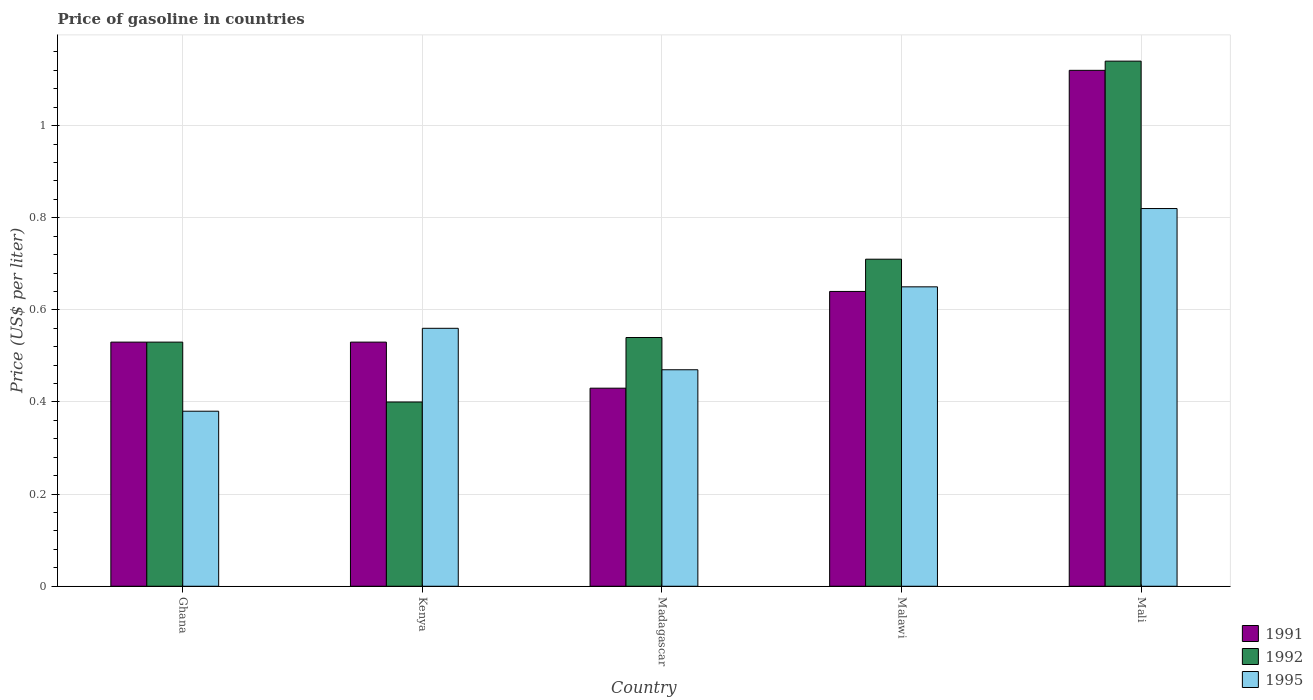
| Country | 1991 | 1992 | 1995 |
 | --- | --- | --- | --- |
 | Ghana | 0.53 | 0.53 | 0.38 |
 | Kenya | 0.53 | 0.4 | 0.56 |
 | Madagascar | 0.43 | 0.54 | 0.47 |
 | Malawi | 0.64 | 0.71 | 0.65 |
 | Mali | 1.12 | 1.14 | 0.82 |